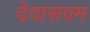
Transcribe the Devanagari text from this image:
देवासवम